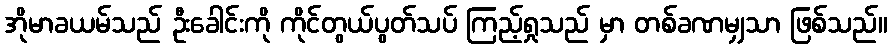
အိုမာခယမ်သည် ဦးခေါင်းကို ကိုင်တွယ်ပွတ်သပ် ကြည့်ရှုသည် မှာ တစ်ခဏမျှသာ ဖြစ်သည်။